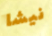
نيشا